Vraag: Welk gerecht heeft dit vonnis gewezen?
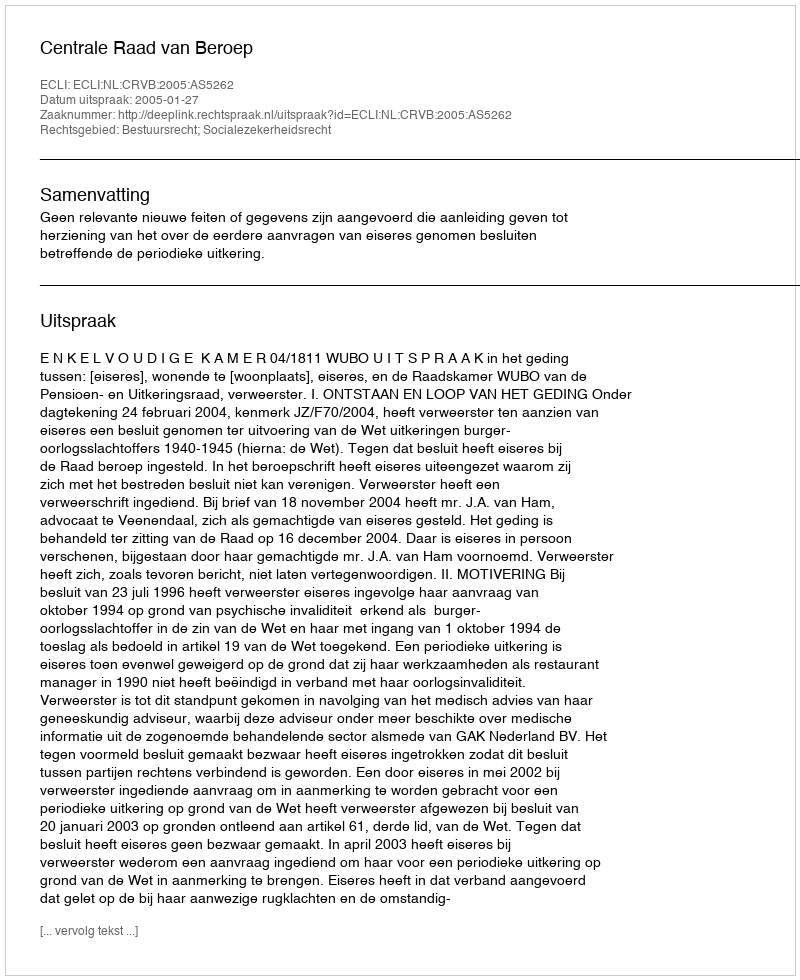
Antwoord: Centrale Raad van Beroep